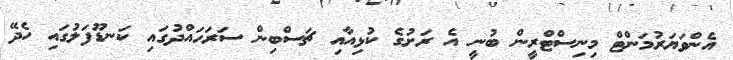
އެންވަޔަރުމަންޓް މިނިސްޓްރީން ބުނީ އެ ރަށުގެ ކުޅިއާއި ޗަސްބިން ސަރަހައްދުގައި ކަނޑޫފަލުގައި ހެދޭ